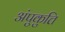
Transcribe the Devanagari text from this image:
अंपुकुत्ति